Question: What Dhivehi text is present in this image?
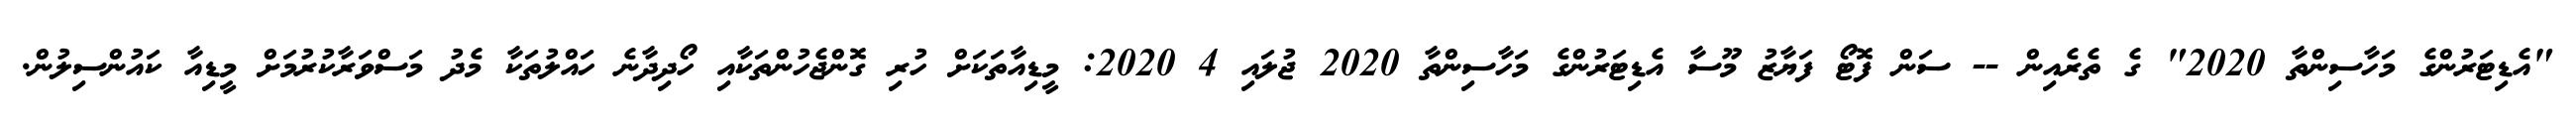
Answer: "އެޑިޓަރުންގެ މަހާސިންތާ 2020" ގެ ތެރެއިން -- ސަން ފޮޓޯ ފަޔާޒު މޫސާ އެޑިޓަރުންގެ މަހާސިންތާ 2020 ޖުލައި 4 2020: މީޑިއާތަކަށް ހުރި ގޮންޖެހުންތަކާއި ހޯދިދާނެ ހައްލުތަކާ މެދު މަސްވަރާކުރުމަށް މީޑިއާ ކައުންސިލުން.